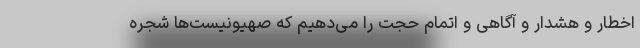
اخطار و هشدار و آگاهی و اتمام حجت را می‌دهیم که صهیونیست‌ها شجره